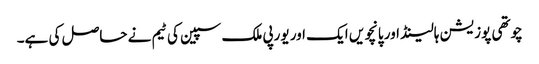
چوتھی پوزیشن ہالینڈ اور پانچویں ایک اور یورپی ملک سپین کی ٹیم نے حاصل کی ہے۔